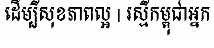
ដើម្បីសុខភាពល្អ | រស្មីកម្ពុជាអ្នក